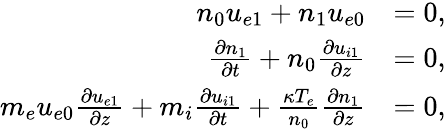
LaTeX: \begin{array}{rl}{n_{0}u_{e1}+n_{1}u_{e0}}&{=0,}\\ {\frac{\partial n_{1}}{\partial t}+n_{0}\frac{\partial u_{i1}}{\partial z}}&{=0,}\\ {m_{e}u_{e0}\frac{\partial u_{e1}}{\partial z}+m_{i}\frac{\partial u_{i1}}{\partial t}+\frac{\kappa T_{e}}{n_{0}}\frac{\partial n_{1}}{\partial z}}&{=0,}\end{array}